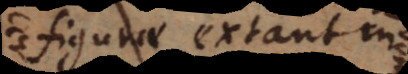
figurae extant in